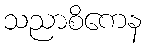
သညာစိကေန